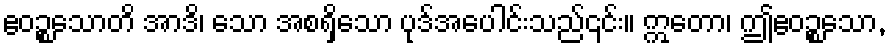
ဧဝဉ္စသောတိ အာဒိ၊ သော အစရှိသော ပုဒ်အပေါင်းသည်၎င်း။ ဣတော၊ ဤဧဝဉ္စသော,